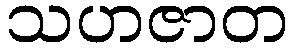
သဟဇာတ